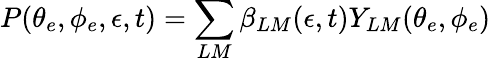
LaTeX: P(\theta_{e},\phi_{e},\epsilon,t)=\sum_{LM}\beta_{LM}(\epsilon,t)Y_{LM}(\theta_{e},\phi_{e})